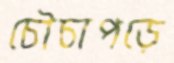
চৌচাপড়ে